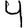
Digit: 4